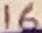
Text: 16